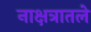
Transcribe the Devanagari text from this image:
नाक्षत्रातले